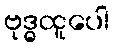
ဗုဒ္ဓထူပေါ